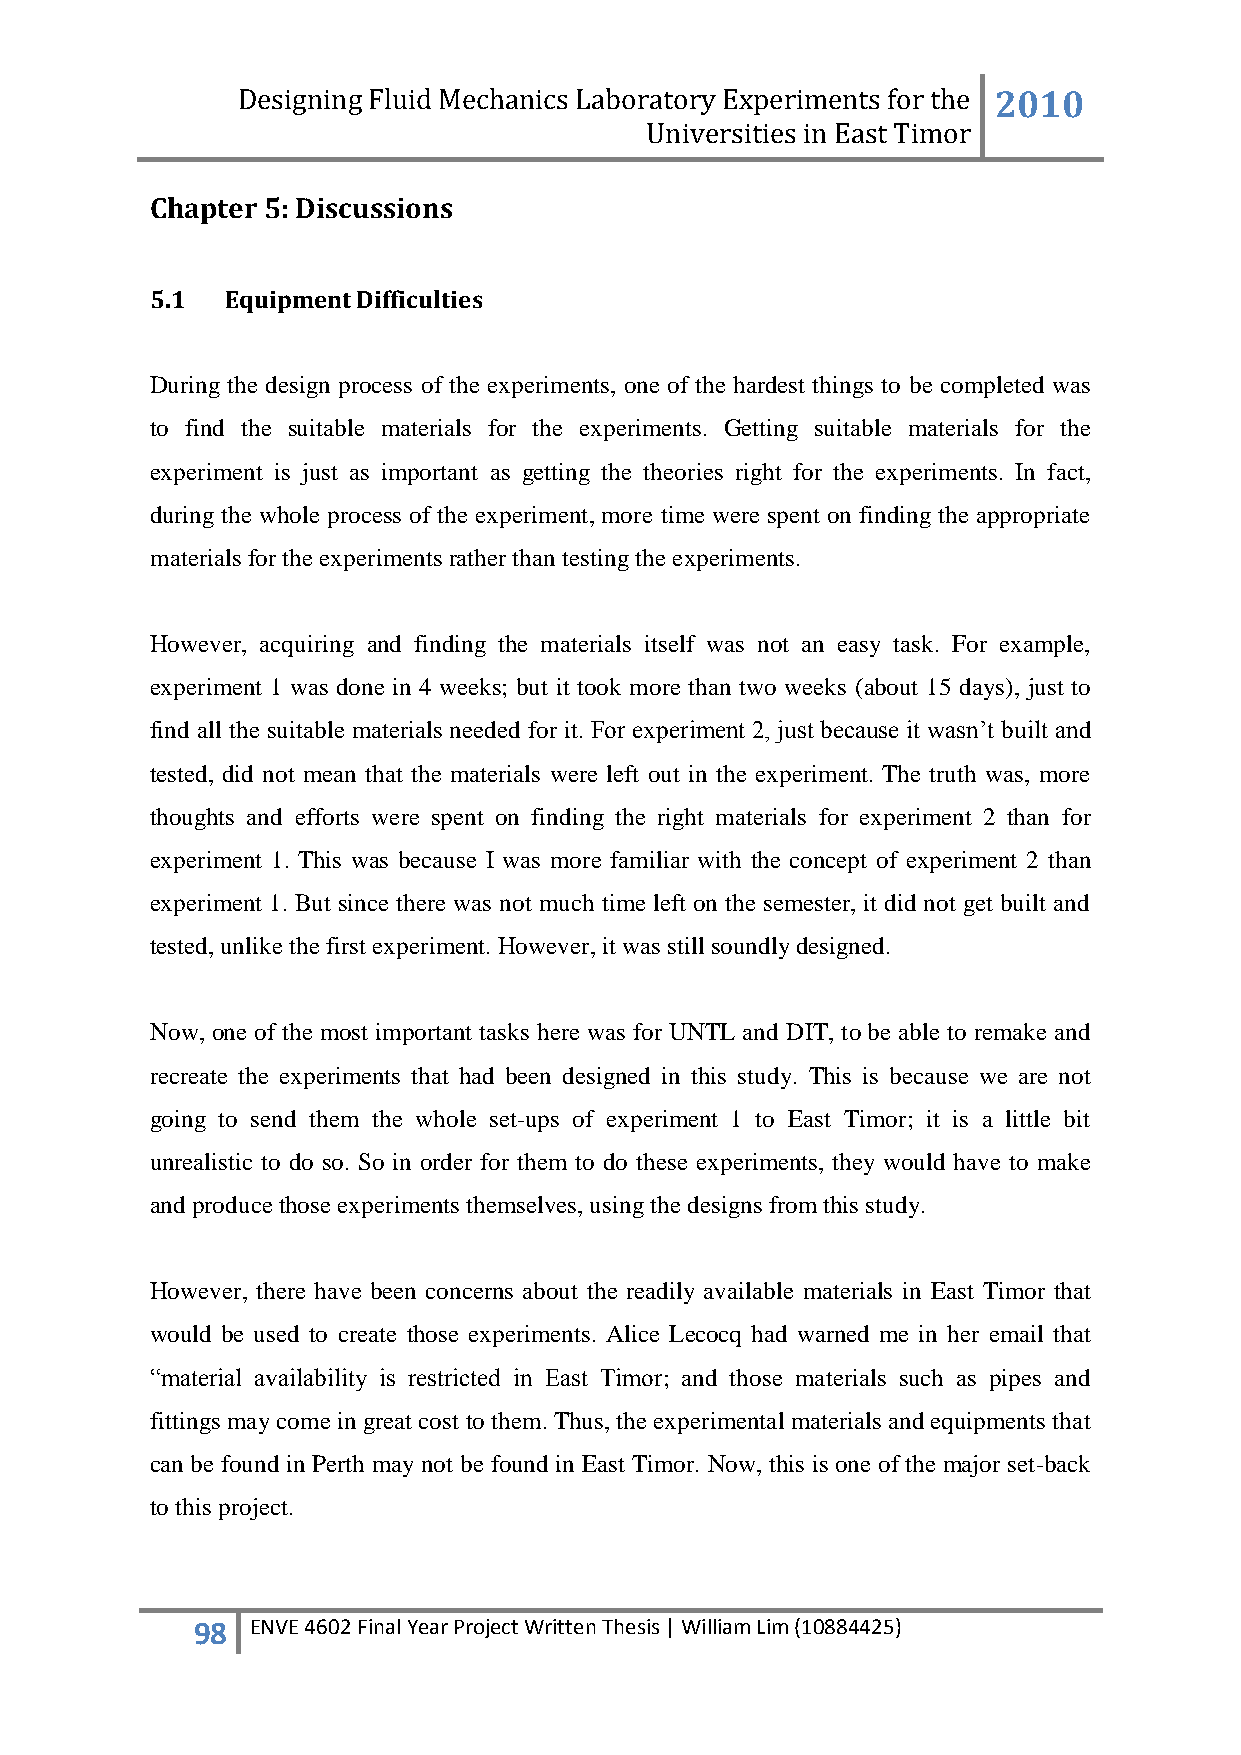
Designing Fluid Mechanics Laboratory Experiments for the 2010
 Universities in East Timor
 Chapter 5: Discussions
 5.1  Equipment Difficulties
 During the design process of the experiments, one of the hardest things to be completed was
 to find the suitable materials for the experiments. Getting suitable materials for the
 experiment is just as important as getting the theories right for the experiments. In fact,
 during the whole process of the experiment, more time were spent on finding the appropriate
 materials for the experiments rather than testing the experiments.
 However, acquiring and finding the materials itself was not an easy task. For example,
 experiment 1 was done in 4 weeks; but it took more than two weeks (about 15 days), just to
 find all the suitable materials needed for it. For experiment 2, just because it wasn‟t built and
 tested, did not mean that the materials were left out in the experiment. The truth was, more
 thoughts and efforts were spent on finding the right materials for experiment 2 than for
 experiment 1. This was because I was more familiar with the concept of experiment 2 than
 experiment 1. But since there was not much time left on the semester, it did not get built and
 tested, unlike the first experiment. However, it was still soundly designed.
 Now, one of the most important tasks here was for UNTL and DIT, to be able to remake and
 recreate the experiments that had been designed in this study. This is because we are not
 going to send them the whole set-ups of experiment 1 to East Timor; it is a little bit
 unrealistic to do so. So in order for them to do these experiments, they would have to make
 and produce those experiments themselves, using the designs from this study.
 However, there have been concerns about the readily available materials in East Timor that
 would be used to create those experiments. Alice Lecocq had warned me in her email that
 “material availability is restricted in East Timor; and those materials such as pipes and
 fittings may come in great cost to them. Thus, the experimental materials and equipments that
 can be found in Perth may not be found in East Timor. Now, this is one of the major set-back
 to this project.
 98  ENVE 4602 Final Year Project Written Thesis | William Lim (10884425)